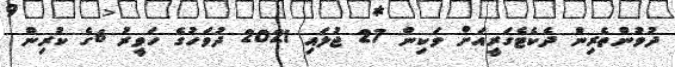
ދުވުންތެރިން ދެކެޓެގަރީއަށް ވަކިން 27 ޖުލައި 2021 ދުވަހުގެ ހަވީރު 6ގެ ކުރިން